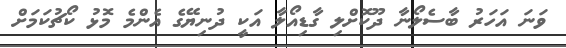
ވަނަ އަހަރު ބާސެލޯނާ ދޫކޮށްލި ގާޑިއޯލާ އަކީ ދުނިޔޭގެ އެންމެ މޮޅު ކޯޗުކަމަށް